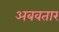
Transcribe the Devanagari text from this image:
अबवतार